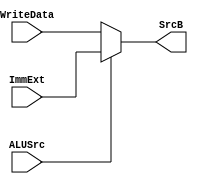
`timescale 1ns / 1ps
//////////////////////////////////////////////////////////////////////////////////
// Company: 
// Engineer: 
// 
// Design Name: 
// Module Name: execute_mux
// Project Name: 
// Target Devices: 
// Tool Versions: 
// Description: 
// 
// Dependencies: 
// 
// Revision:
// Revision 0.01 - File Created
// Additional Comments:
// 
//////////////////////////////////////////////////////////////////////////////////


module execute_mux(
input [31:0] WriteData,
input [31:0] ImmExt,
input ALUSrc,
output [31:0] SrcB
    );
    
    assign SrcB = (ALUSrc) ? ImmExt : WriteData;
    
endmodule